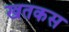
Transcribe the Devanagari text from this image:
खतकस